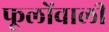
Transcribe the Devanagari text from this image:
फूलोंवाली